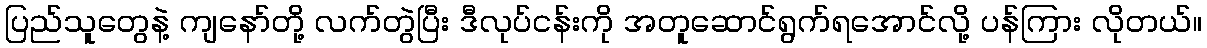
ပြည်သူတွေနဲ့ ကျနော်တို့ လက်တွဲပြီး ဒီလုပ်ငန်းကို အတူဆောင်ရွက်ရအောင်လို့ ပန်ကြား လိုတယ်။